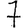
Digit: 7